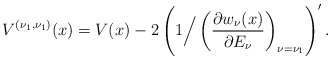
\begin{gather*} V^{( \nu _{1},\nu _{1}) }(x) =V(x) -2\left( 1\Big/\left( \frac{\partial w_{\nu }(x)}{\partial E_{\nu }}\right) _{\nu =\nu _{1}}\right) ^{\prime }. \end{gather*}